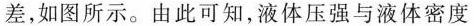
差，如图所示。由此可知，液体压强与液体密度